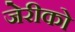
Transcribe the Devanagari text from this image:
जेरीको